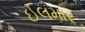
ઈલમાર